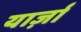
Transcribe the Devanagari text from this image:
यार्ज़ा